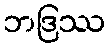
ဘဒြဿ